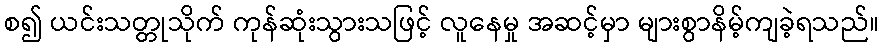
စ၍ ယင်းသတ္တုသိုက် ကုန်ဆုံးသွားသဖြင့် လူနေမှု အဆင့်မှာ များစွာနိမ့်ကျခဲ့ရသည်။